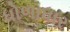
ધોળાધાર